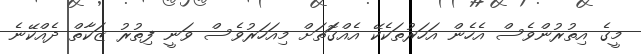
މީގެ އިތުރުންވެސް އެހެން އަހަރުތަކެކޭ އެއްގޮަތަށް މިއަހަރުވެސް ވަނީ ފިތުރު ޒަކާތް ދެއްކޭނެ